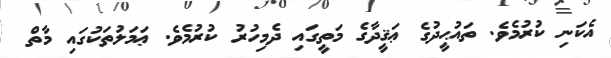
އެކަނި ކުރުމެވެ. ތައުޙީދުގެ ޢަޤީދާގެ މަތީގައި ދެމިހުރު ކުރުމެވެ. ޢަމަލުތަކުގައި މާތް